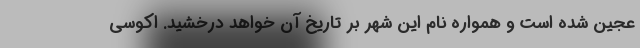
عجین شده است و همواره نام این شهر بر تاریخ آن خواهد درخشید. اکوسی